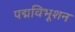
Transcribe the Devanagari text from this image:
पद्मविभूशन